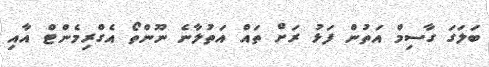
ބަލަގަ ގާސިމް އަތުން ފަޅު ރަށް ތައް އަތުލާނެ ނޫންތޯ އެގްރިމެންޓް އާއި